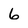
Character: 6